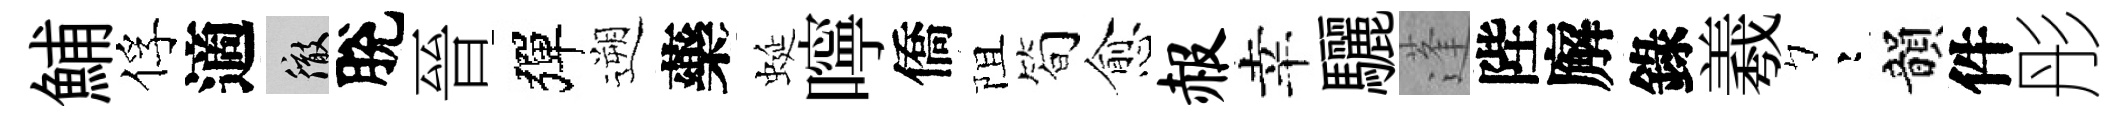
鯆俘適徹脫晉彈遡藥蜒嚀僑阻简愈赧幸驪蓬陛廨錄羲彎韻件彤